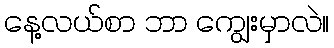
နေ့လယ်စာ ဘာ ကျွေးမှာလဲ။